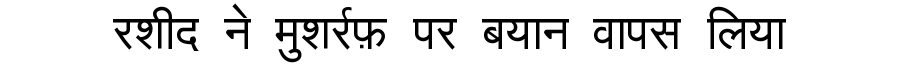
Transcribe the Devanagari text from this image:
रशीद ने मुशर्रफ़ पर बयान वापस लिया